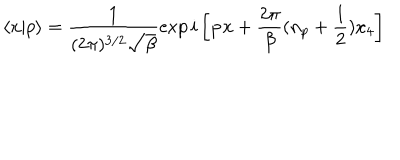
LaTeX: \langle x | p \rangle = \frac 1 { ( 2 \pi ) ^ { 3 / 2 } \sqrt { \beta } } \exp i \left[ { \bf p x } + \frac { 2 \pi } { \beta } ( n _ { p } + \frac 1 2 ) x _ { 4 } \right]